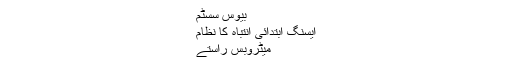
بیوس سسٹم
ایسنگ ابتدائی انتباہ کا نظام
میٹروبس راستے